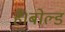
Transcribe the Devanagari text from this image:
हैं।बोल्ड